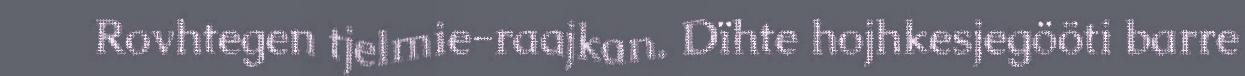
Rovhtegen tjelmie-raajkan. Dïhte hojhkesjegööti barre